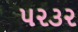
૫૨૩૨